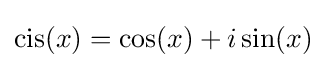
\operatorname {cis} (x)=\cos(x)+i\sin(x)